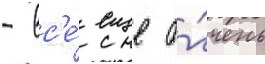
- вс'е́ еще о́чень